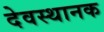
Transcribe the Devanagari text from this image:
देवस्थानक